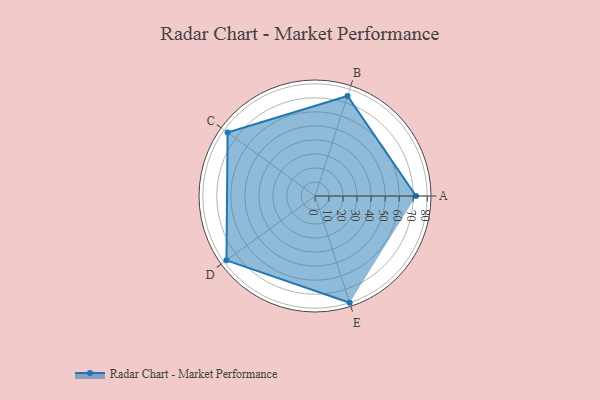
{"axis": {"x": "Skill", "y": "Score"}, "legend": ["Profile"], "data": [{"x": "A", "y": 72.0, "type": "Profile"}, {"x": "B", "y": 75.0, "type": "Profile"}, {"x": "C", "y": 77.0, "type": "Profile"}, {"x": "D", "y": 78.0, "type": "Profile"}, {"x": "E", "y": 80.0, "type": "Profile"}]}